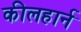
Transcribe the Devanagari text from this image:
कीलहार्न